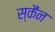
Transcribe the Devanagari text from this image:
स्कैंन